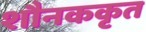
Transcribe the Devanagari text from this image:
शौनककृत